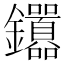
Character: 𬬤